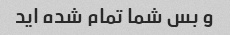
و بس شما تمام شده اید